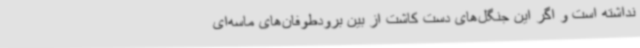
نداشته است و اگر این جنگل‌های دست کاشت از بین برودطوفان‌های ماسه‌ای